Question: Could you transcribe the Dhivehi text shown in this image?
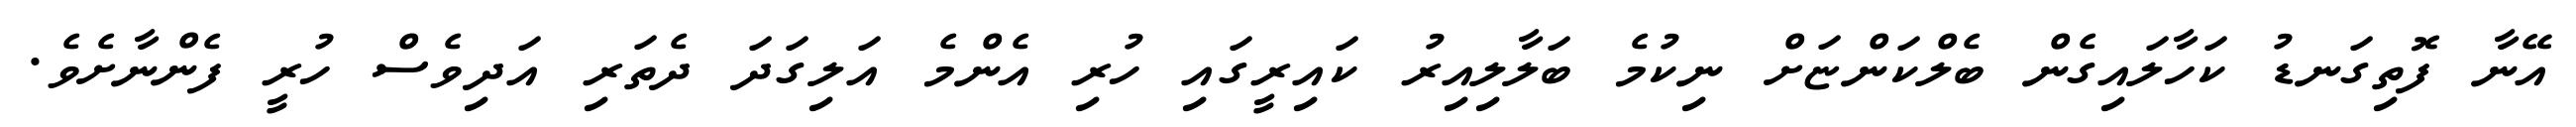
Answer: އޭނާ ފޮތިގަނޑު ކަހާލައިގެން ބެލްކަންޏަށް ނިކުމެ ބަލާލިއިރު ކައިރީގައި ހުރި އެންމެ އަލިގަދަ ދެތަރި އަދިވެސް ހުރީ ފެންނާށެވެ.